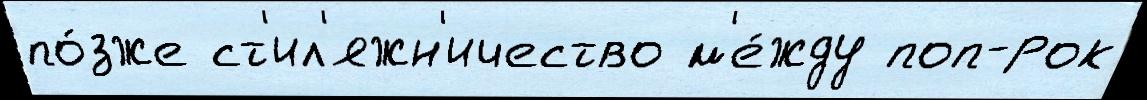
по́зже ст'ил'яжн'ичество м'е́жду поп-рок